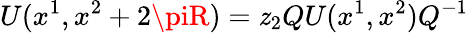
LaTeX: U(x^{1},x^{2}+2\piR)=\mathit{z}_{2}QU(x^{1},x^{2})Q^{-1}